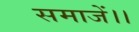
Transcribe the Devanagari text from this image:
समाजें।।